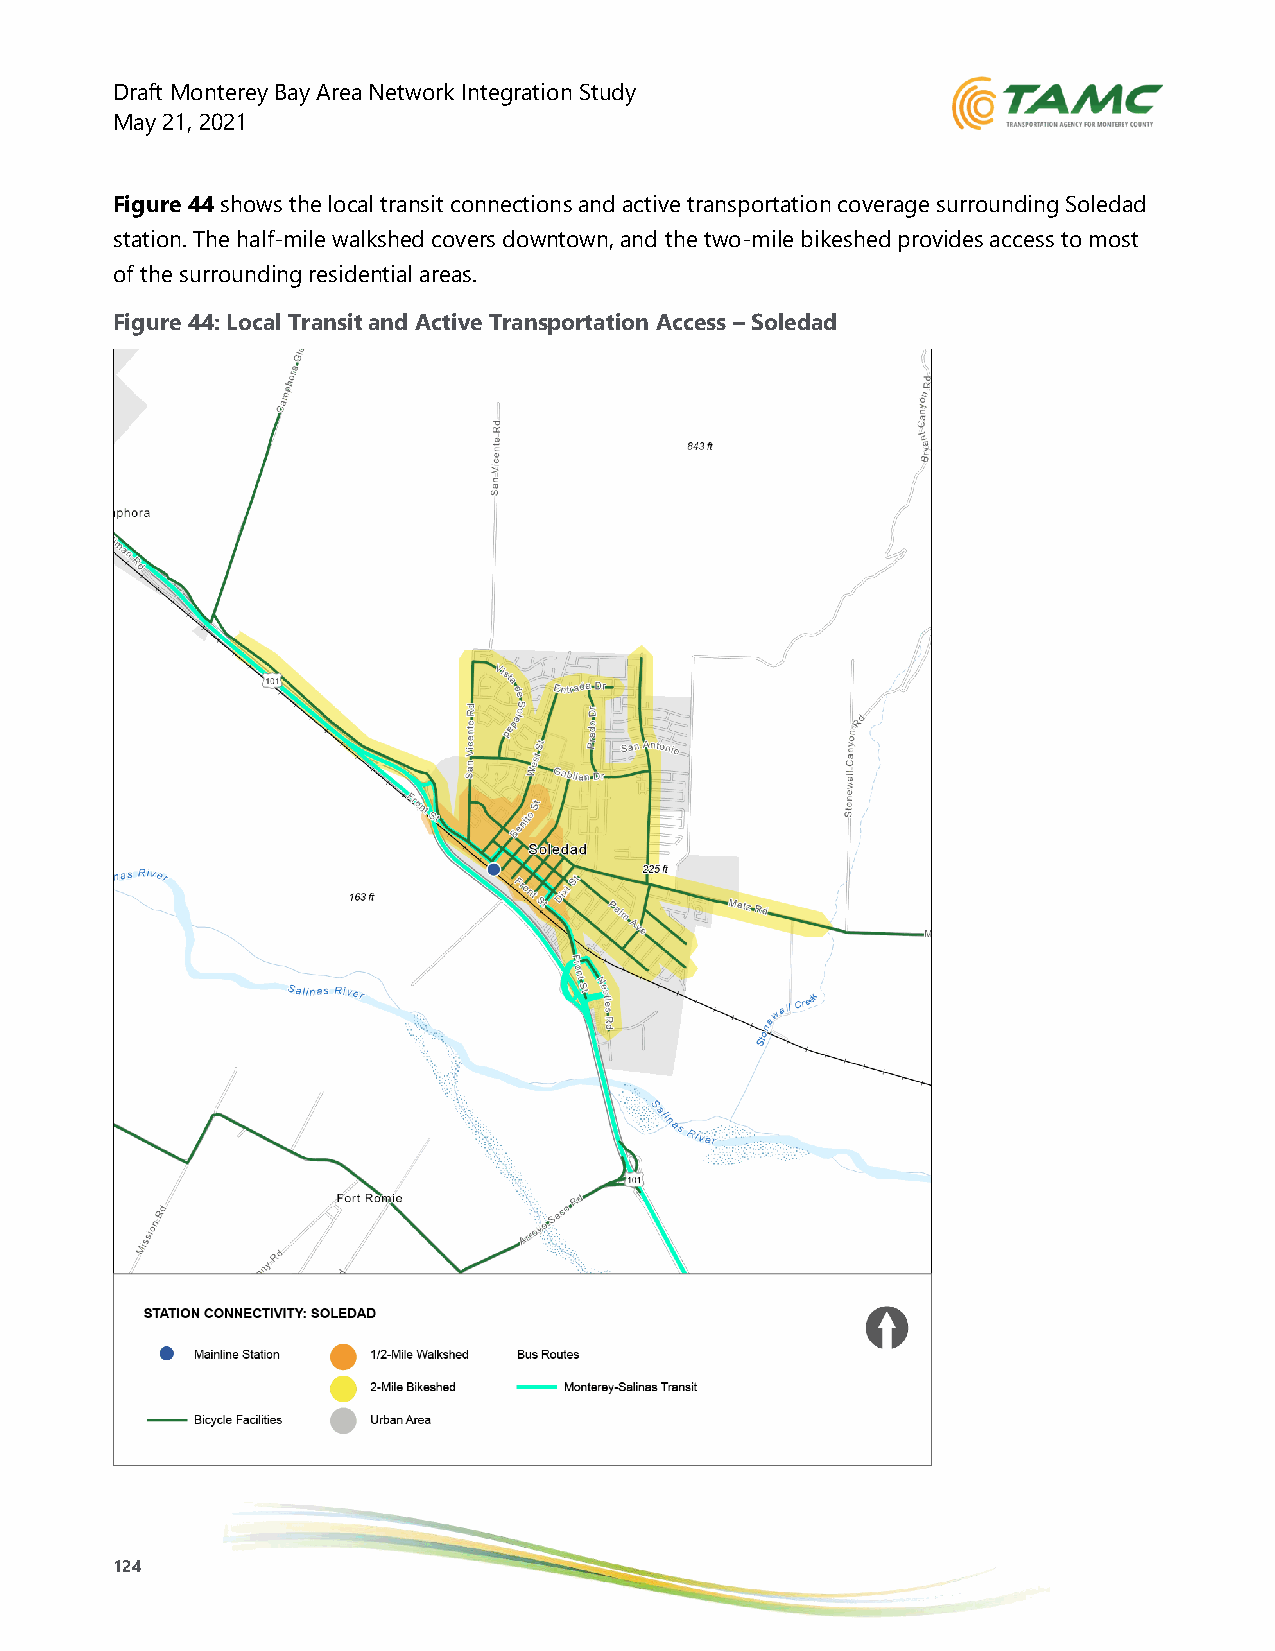
Draft Monterey Bay Area Network Integration Study
 May 21, 2021
 Figure 44 shows the local transit connections and active transportation coverage surrounding Soledad
 station. The half-mile walkshed covers downtown, and the two-mile bikeshed provides access to most
 of the surrounding residential areas.
 Figure 44: Local Transit and Active Transportation Access – Soledad
 124